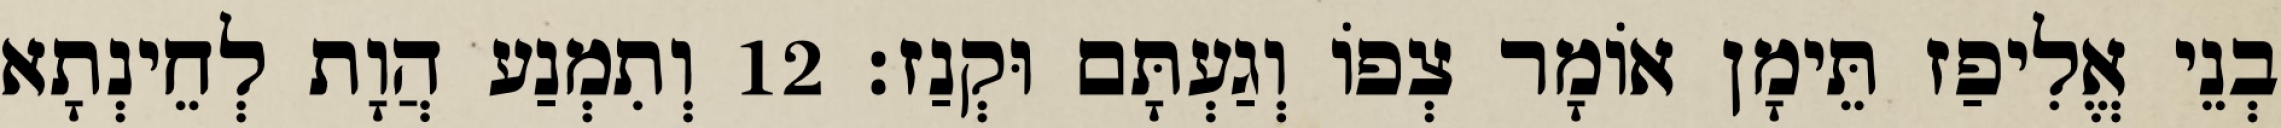
בְנֵי אֱלִיפַז תֵּימָן אוֹמָר צְפוֹ וְגַעְתָּם וּקְנַז׃ 12 וְתִמְנַע הֲוָת לְחֵינְתָא